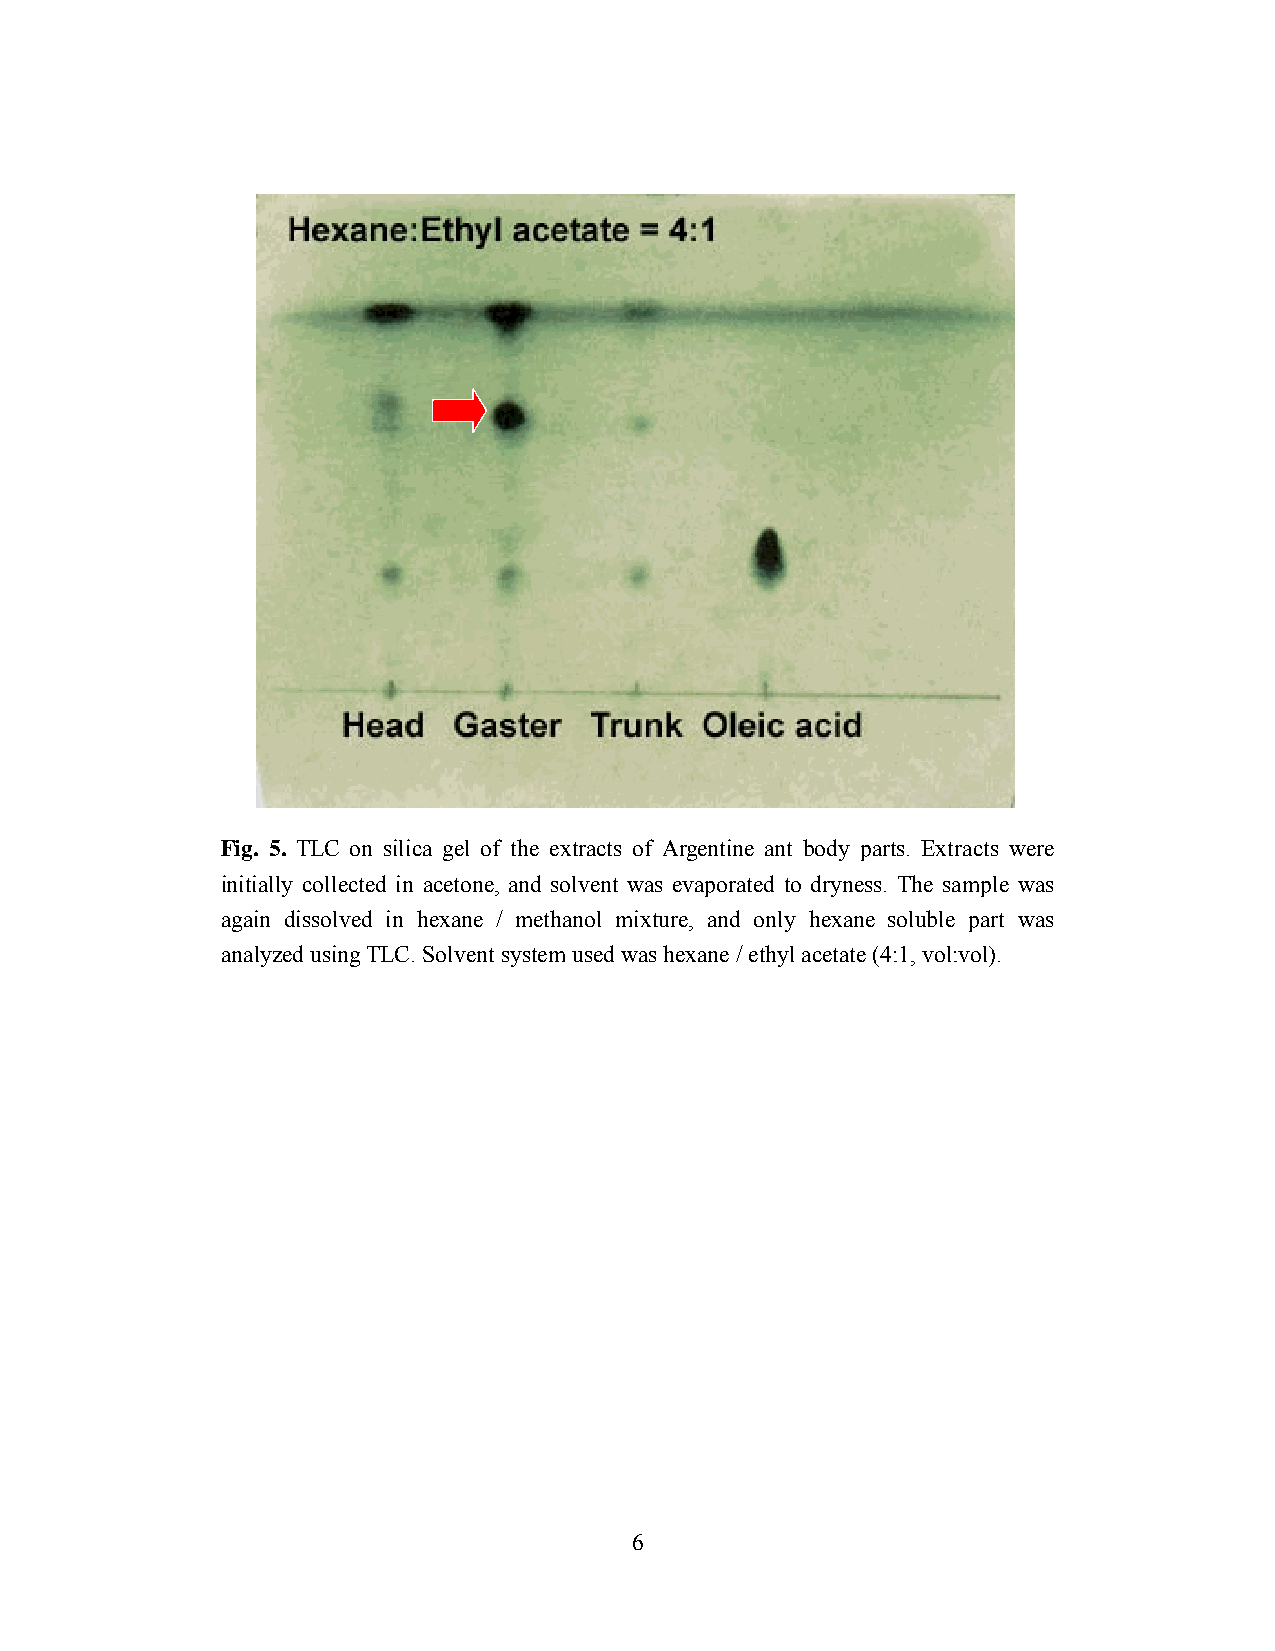
Fig. 5. TLC on silica gel of the extracts of Argentine ant body parts. Extracts were
 initially collected in acetone, and solvent was evaporated to dryness. The sample was
 again dissolved in hexane / methanol mixture, and only hexane soluble part was
 analyzed using TLC. Solvent system used was hexane / ethyl acetate (4:1, vol:vol).
 6